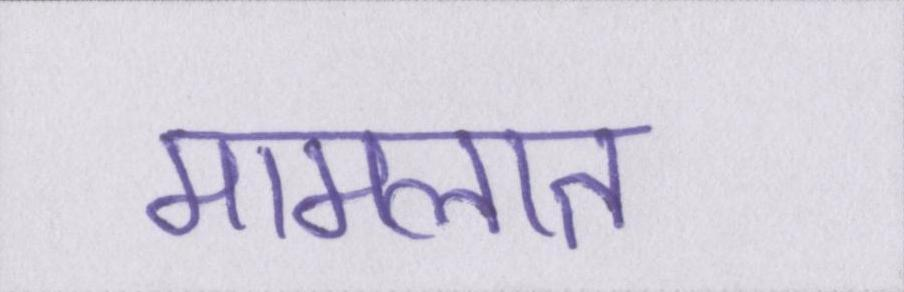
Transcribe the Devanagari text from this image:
मामलात